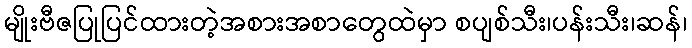
မျိုးဗီဇပြုပြင်ထားတဲ့အစားအစာတွေထဲမှာ စပျစ်သီး၊ပန်းသီး၊ဆန်၊